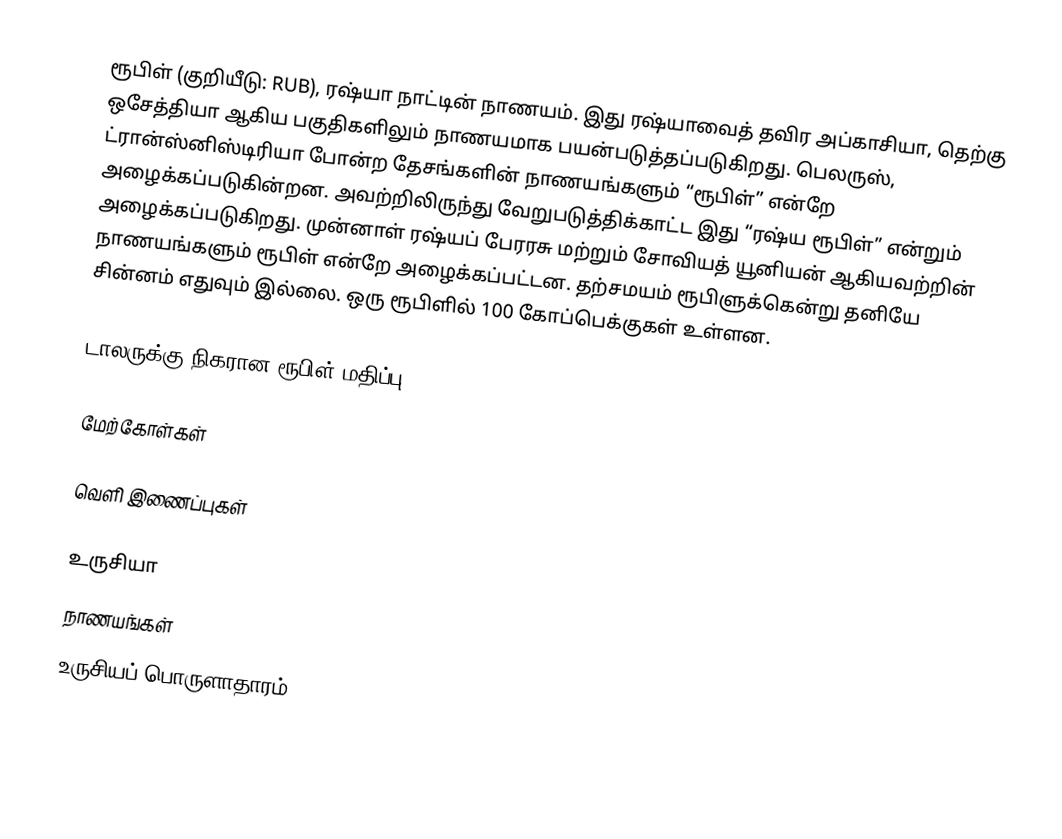
ரூபிள் (குறியீடு: RUB), ரஷ்யா நாட்டின் நாணயம். இது ரஷ்யாவைத் தவிர அப்காசியா, தெற்கு ஒசேத்தியா ஆகிய பகுதிகளிலும் நாணயமாக பயன்படுத்தப்படுகிறது. பெலருஸ், ட்ரான்ஸ்னிஸ்டிரியா போன்ற தேசங்களின் நாணயங்களும் “ரூபிள்” என்றே அழைக்கப்படுகின்றன. அவற்றிலிருந்து வேறுபடுத்திக்காட்ட இது “ரஷ்ய ரூபிள்” என்றும் அழைக்கப்படுகிறது. முன்னாள் ரஷ்யப் பேரரசு மற்றும் சோவியத் யூனியன் ஆகியவற்றின் நாணயங்களும் ரூபிள் என்றே அழைக்கப்பட்டன. தற்சமயம் ரூபிளுக்கென்று தனியே சின்னம் எதுவும் இல்லை. ஒரு ரூபிளில் 100 கோப்பெக்குகள் உள்ளன.

டாலருக்கு நிகரான ரூபிள் மதிப்பு

மேற்கோள்கள்

வெளி இணைப்புகள்

உருசியா
நாணயங்கள்
உருசியப் பொருளாதாரம்